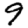
Digit: 9